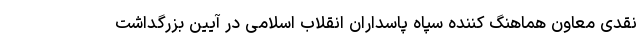
نقدی معاون هماهنگ کننده سپاه پاسداران انقلاب اسلامی در آیین بزرگداشت